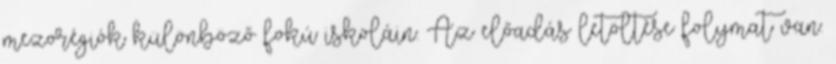
mezorégiók különböző fokú iskoláin. Az előadás letöltése folymat van.